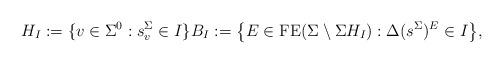
LaTeX: \begin{align*}H_I:=\{v\in \Sigma^0:s_v^\Sigma\in I\}B_{I}:=\big\{E\in \mathrm{FE}(\Sigma\setminus \Sigma H_I):\Delta(s^\Sigma)^E\in I\big\},\end{align*}